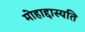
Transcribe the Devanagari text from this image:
मोहाद्दास्यति